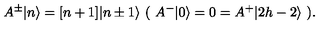
A ^ { \pm } \vert n \rangle = [ n + 1 ] \vert n \pm 1 \rangle \ ( \ A ^ { - } \vert 0 \rangle = 0 = A ^ { + } \vert 2 h - 2 \rangle \ ) .